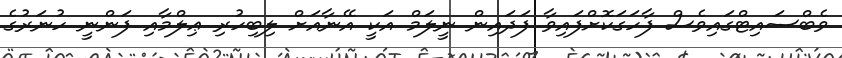
ވެބްސައިޓްގައިވެސް ފާހަގަކޮށްފައިވާ ފަދައިން ނީލަމް އަކީ އޭނާއަށް ލިބިހުރި ޢިލްމާއި ފަންނީ ހުނަރުގެ